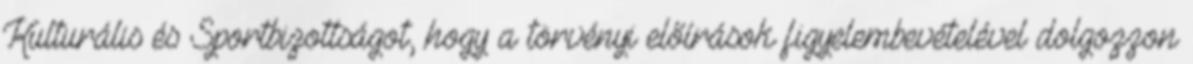
Kulturális és Sportbizottságot, hogy a törvényi előírások figyelembevételével dolgozzon